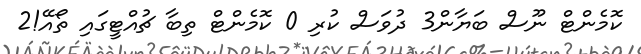
ކޮމެންޓް ނޫސް ބަޔާން3 ދުވަސް ކުރި 0 ކޮމެންޓް ތިބާ ޗުއްޓީގައި ތޯއޭ!2